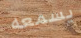
يسمعه